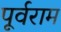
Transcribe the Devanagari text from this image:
पूर्वराम